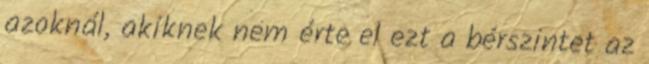
azoknál, akiknek nem érte el ezt a bérszintet az